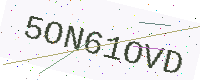
Text: 5ON61OVD